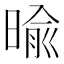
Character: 𣈥